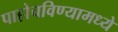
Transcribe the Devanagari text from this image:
पाहोचविण्यामध्ये